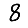
Digit: 8